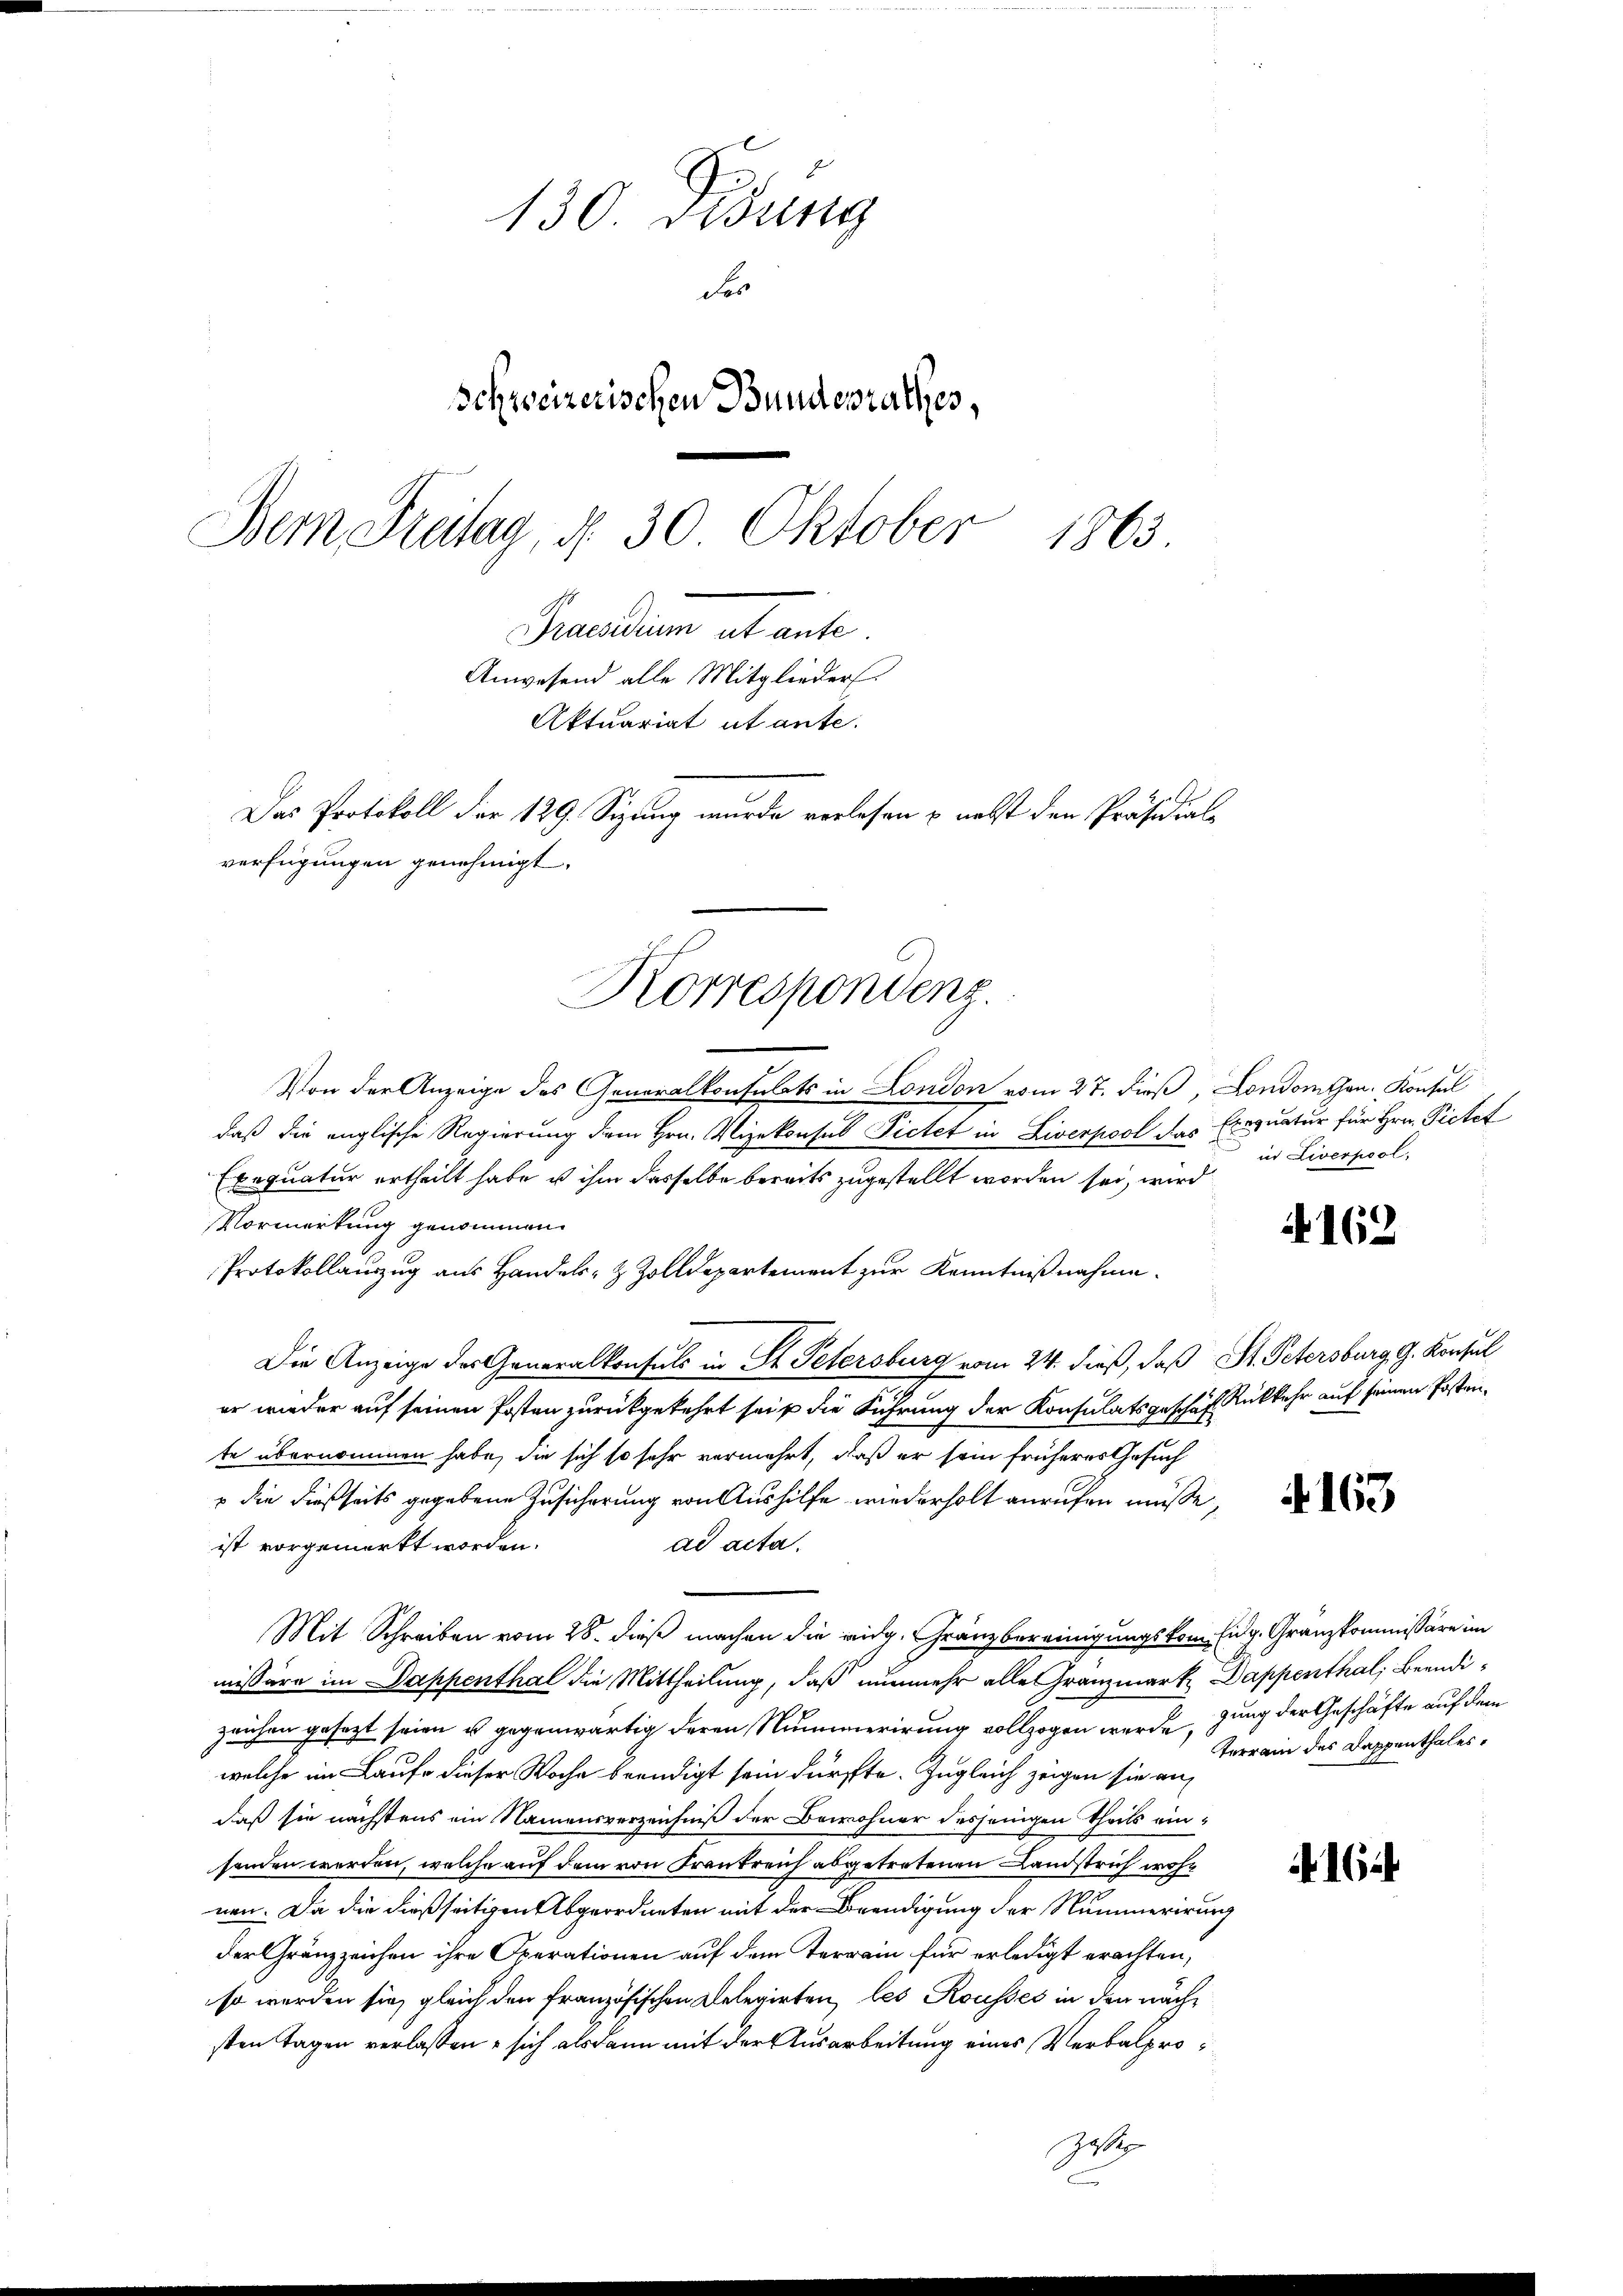
130 Didung
Fes
Schweizerischen Bundesrathes,
Dem Freitag, d. 30 Oktober
1863.
Prenten tante
Anwesend alle Mitglieder.
Aktuariat utante.
Das Protokoll der 129. Sizung wurde verlesen & nebst den Präsidial-
verfügungen genehmigt.

Korrespondenz.

Von der Anzeige des Generalkonsulats in London vom 27. dieß, Londomthan. Konsul
daß die englische Regierung dem Hrn. Vizekonsul Pietet in Liverpool das Exequatur für Hrn. Pietet
Exequatur ertheilt habe ist ihm dasselbe bereits zugestellt worden sei, wird
Vormerkung genommen.
Protokollauszug aus Handels- & Zolldepartement zur Kenntnißnahme.
Die Anzeige des Generalkonsuls in St. Petersburg vom 24. dieß, daß St. Petersburg g. Konsul
er wieder auf seinen Posten zurückgekehrt sei die Führung der Konsulatsgeschäft Rückkehr auf seinen Postente übernommen habe, die sich so sehr vermehrt, daß er sein früheres Gesuch
 die dießseits gegebene Zusicherung von Aushilfe wiederholt anrufen müße,
ist vorgemerkt worden.
ad acta.
Mit Schreiben vom 28. dieß machen die eidg. Gränzbereinigungskom Eidg. Granzkommissäre im
missäre im Dappenthal die Mittheilung, daß nunmehr alle Granzmark Dappenthal, Beendizeuchen gesezt seien u. gegenwärtig deren Nummerirung vollzogen werde, zung der Geschäfte auf dem
welche im Laufe dieser Woche beendigt sein dürfte. Zugleich zeigen sie auf
daß sie nächstens ein Namensverzeichniß der Bewohner desjenigen Theils ein-
senden werden, welche auf dem von Frankreich abgetretenen Landstrich wohnen. Da die dießseitigen Abgeordneten mit der Beendigung der Nummerirung
der Gränzzeichen ihre Operationen auf dem Terrain für erledigt erachten,
so werden sie gleich den französischen Delegirten, les Rousses in den nächsten Tagen verlassen, sich alsdann mit der Ausarbeitung eines Verbalpros

in Liverpool

4162

f. 163.

Terrain des Dappenthales,

164